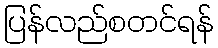
ပြန်လည်စတင်ရန်